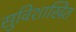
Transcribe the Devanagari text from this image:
सुविशाखित